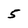
Character: 5